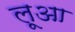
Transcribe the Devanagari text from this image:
लूआ